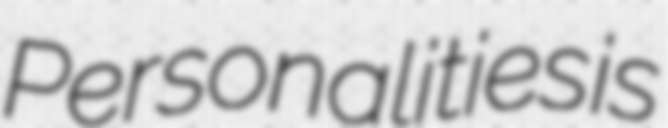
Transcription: Personalities is